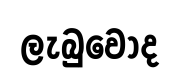
ලැබුවෝද